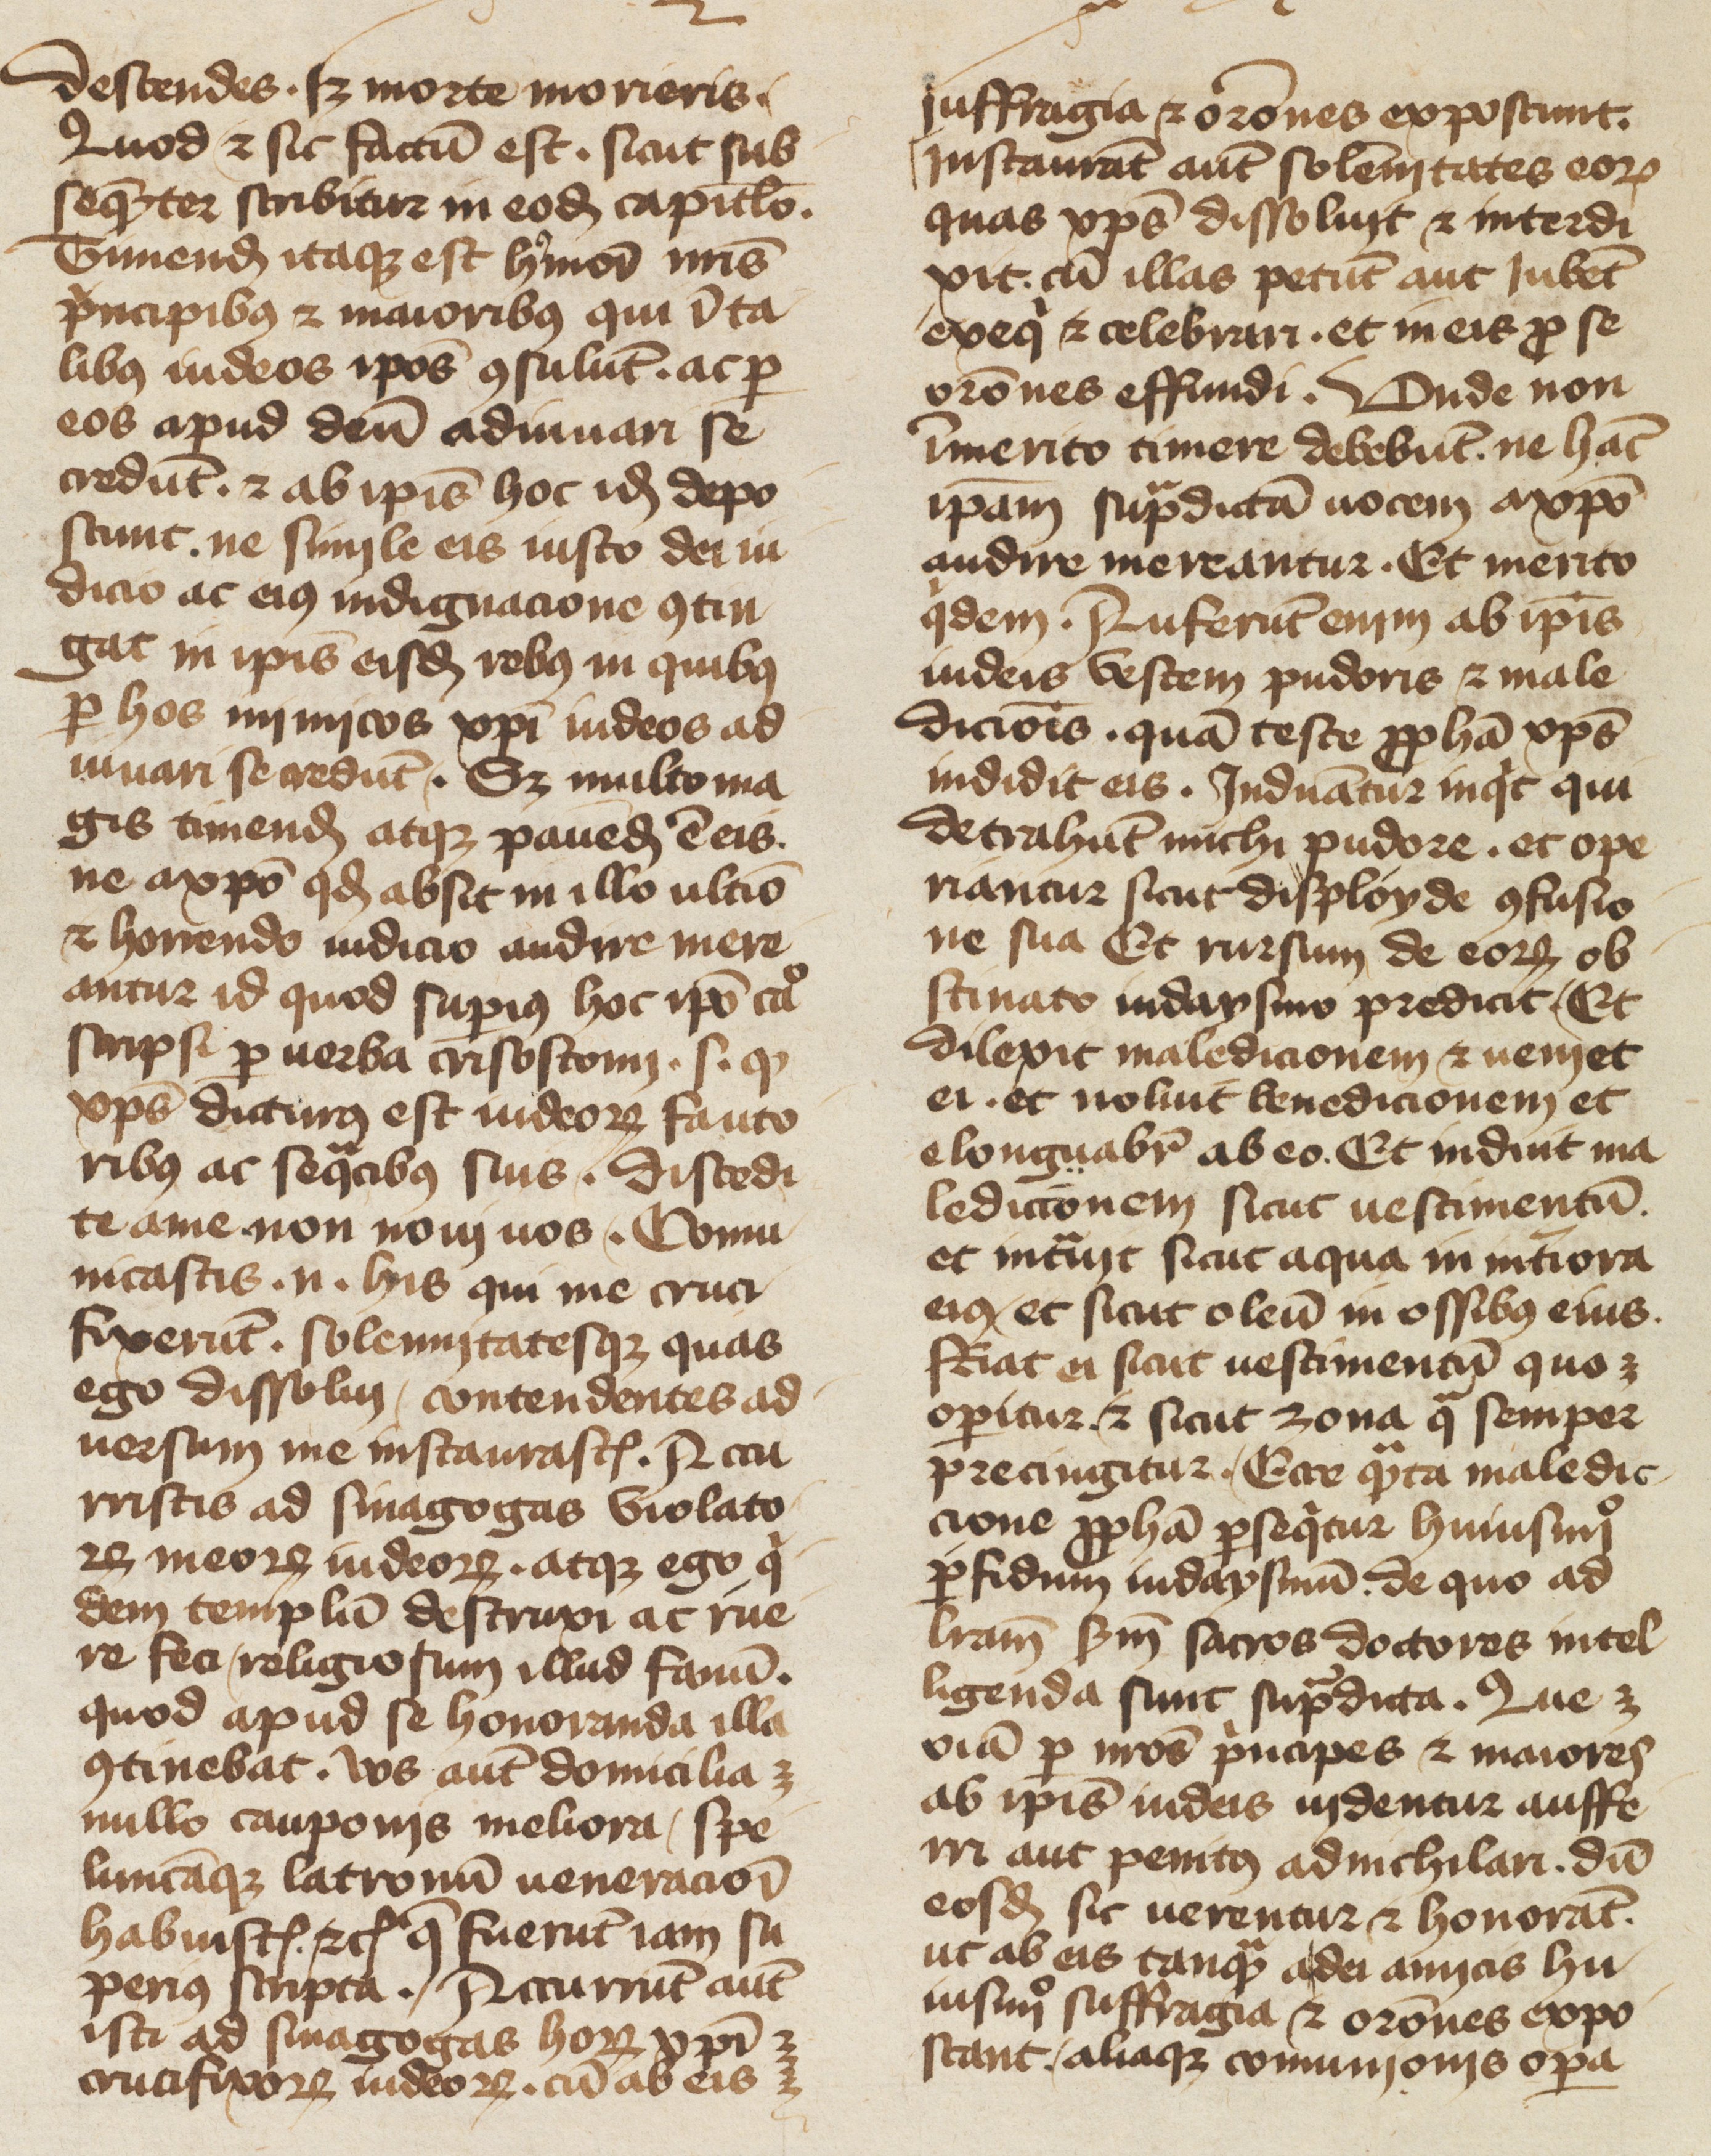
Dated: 1400–1499